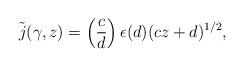
LaTeX: \begin{align*} \tilde j(\gamma,z) = \left(\frac{c}{d}\right) \epsilon(d) (cz+d)^{1/2},\end{align*}